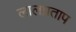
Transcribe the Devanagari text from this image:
लालप्रताप